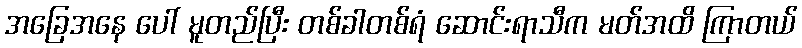
အခြေအနေ ပေါ် မူတည်ပြီး တစ်ခါတစ်ရံ ဆောင်းရာသီက မတ်အထိ ကြာတယ်